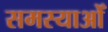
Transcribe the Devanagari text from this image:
समस्याओँ